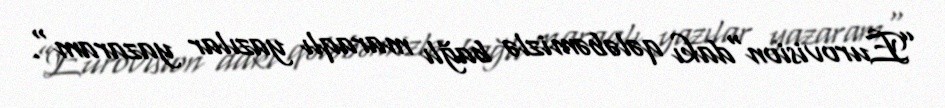
”Eurovision"dakı qələbəmizlə bağlı maraqlı yazılar yazaram".